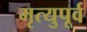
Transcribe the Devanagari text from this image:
मृत्युपूर्व